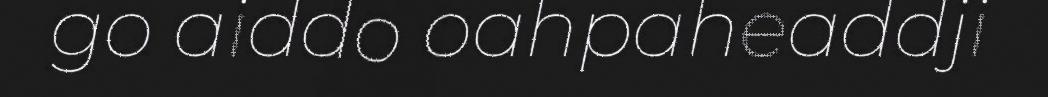
go aiddo oahpaheaddji